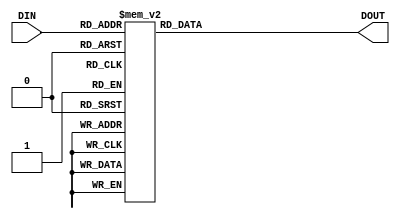
`timescale 1ns / 1ps
//////////////////////////////////////////////////////////////////////////////////
// Company: 
// Engineer: 
// 
// Design Name: 
// Module Name:    Decoder8 
// Project Name: 
// Target Devices: 
// Tool versions: 
// Description: 
//
// Dependencies: 
//
// Revision: 
// Revision 0.01 - File Created
// Additional Comments: 
//
//////////////////////////////////////////////////////////////////////////////////
module Decoder8(DIN, DOUT);
	input [3:0]DIN;
	output [7:0]DOUT;
	
	assign DOUT = DECORDER(DIN);
	
	function [7:0] DECORDER;
		input [3:0]CNT;
		begin 
			case (CNT)
				4'b0000: DECORDER = 8'b11000000; // 0
				4'b0001: DECORDER = 8'b11111001; // 1
				4'b0010: DECORDER = 8'b10100100; // 2
				4'b0011: DECORDER = 8'b10110000; // 3
				4'b0100: DECORDER = 8'b10011001; // 4
				4'b0101: DECORDER = 8'b10010010; // 5
				4'b0110: DECORDER = 8'b10000010; // 6
				4'b0111: DECORDER = 8'b11111000; // 7
				4'b1000: DECORDER = 8'b10000000; // 8
				4'b1001: DECORDER = 8'b10010000; // 9
				default: DECORDER = 8'b11111111; // \
			endcase
		end
	endfunction

endmodule